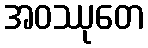
အဝဿုတေ